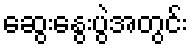
ဆွေးနွေးပွဲအတွင်း